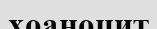
хоаноцит